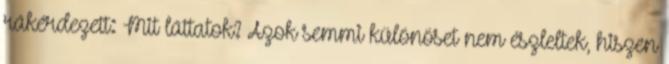
rákérdezett: Mit láttatok? Azok semmi különöset nem észleltek, hiszen